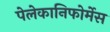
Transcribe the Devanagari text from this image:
पेलेकानिफोर्मेस